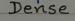
Dense